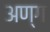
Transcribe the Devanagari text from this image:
अण्ग